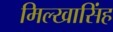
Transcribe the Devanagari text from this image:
मिल्खासिंह